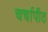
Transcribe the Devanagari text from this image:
चर्चापीठ